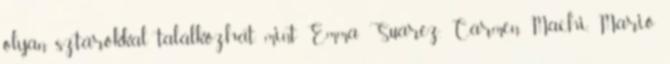
olyan sztárokkal találkozhat, mint Emma Suárez, Carmen Machi, Mario